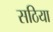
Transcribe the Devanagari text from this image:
सठिया